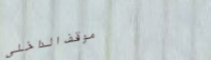
موقف الداخلي